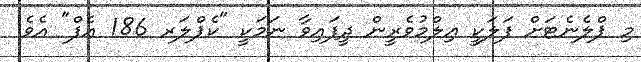
މި ޕްލެނެޓަށް ފަލަކީ ޢިލްމުވެރީން ދީފައިވާ ނަމަކީ "ކެޕްލަރ 186 އެފް" އެވެ.